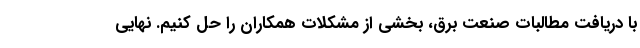
با دریافت مطالبات صنعت برق، ‌بخشی از مشکلات همکاران را حل کنیم. نهایی